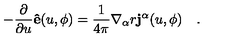
- \frac { \partial } { \partial u } { \bf { \hat { e } } } ( u , \phi ) = \frac { 1 } { 4 \pi } \nabla _ { \alpha } r { \bf j ^ { \alpha } } ( u , \phi ) \quad .